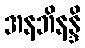
အနဘိနန္ဒိ